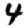
Digit: 4